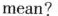
mean?